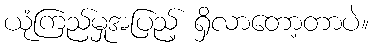
ယုံကြည်မှုအပြည့် ရှိလာတော့တာပဲ။